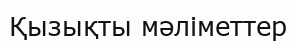
Қызықты мәліметтер